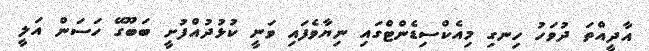
އާދީއްތަ ދުވަހު ހިނގި މިއެކްސިޑެންޓްގައި ނިޔާވެފައި ވަނީ ކުޅުދުއްފުށީ ބަބޫގޭ ހަސަން އަލީ